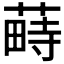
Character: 𦸎